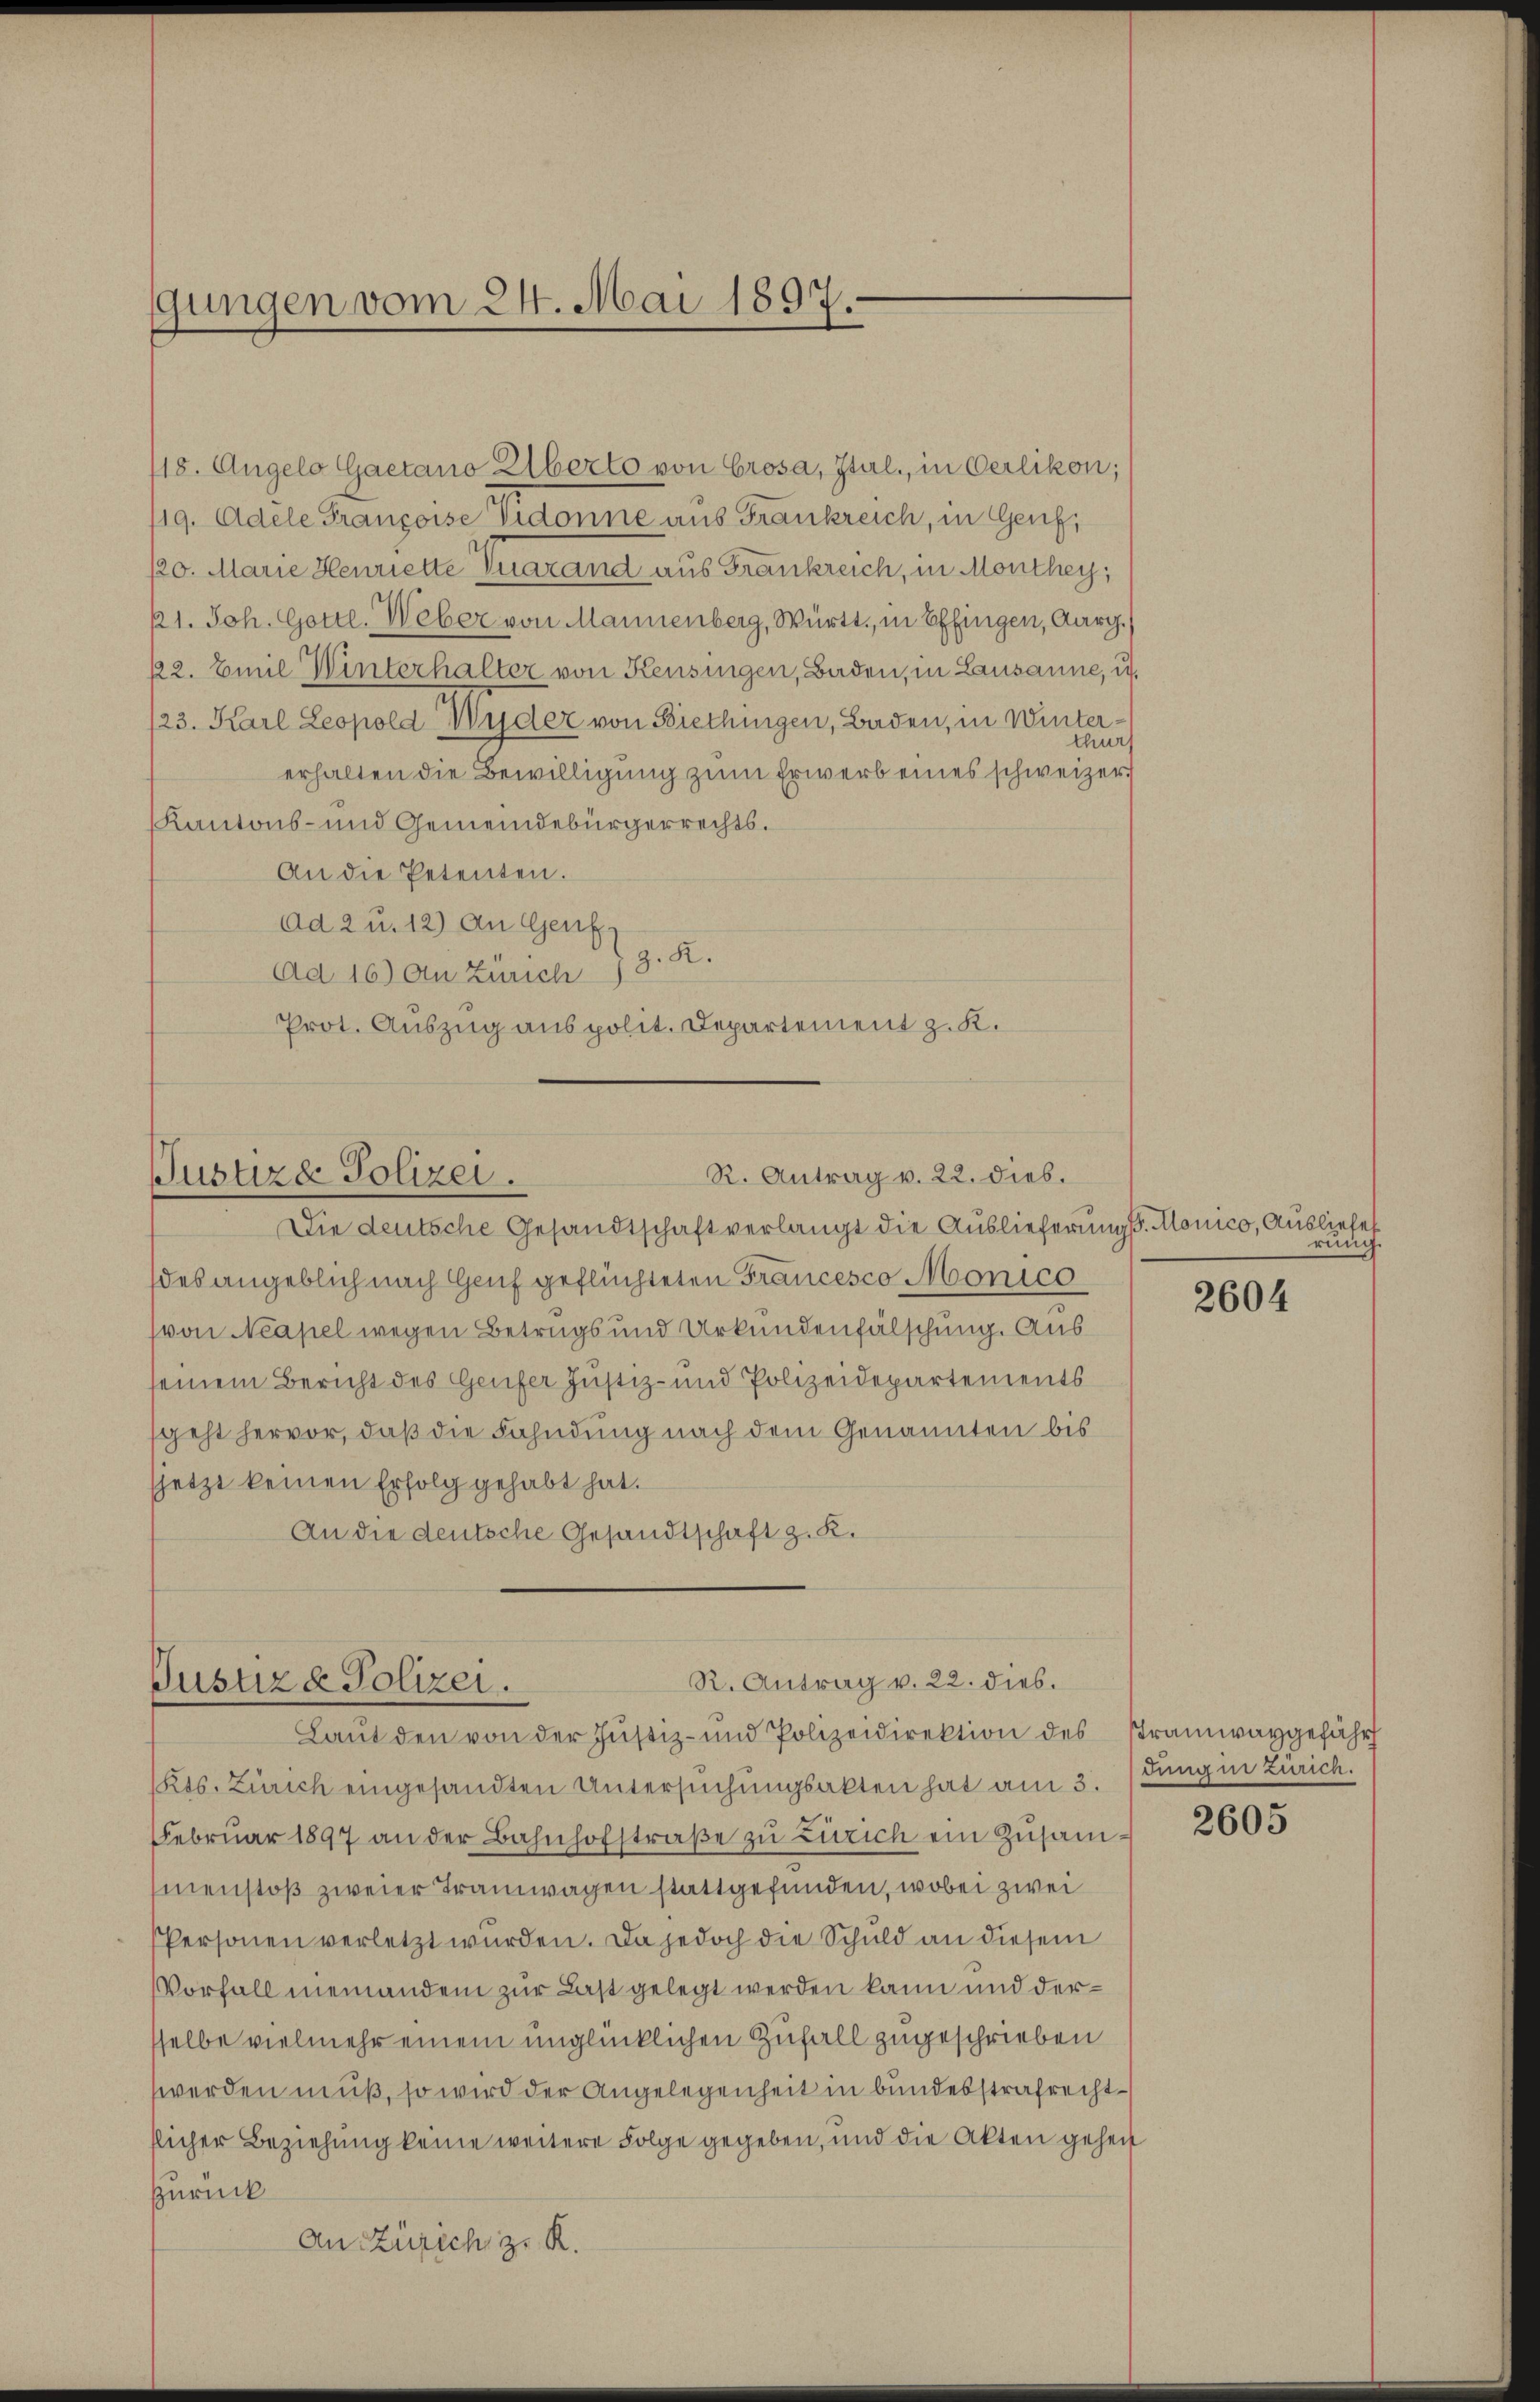
gungen vom 24. Mai 1897.

118. Augelo Gaetano Alberto von Crosa, Ital, in Oerlikon;
119. Adele Françoise Vedonne aus Frankreich, in Genf,
120. Marie Henriette Guarand aus Frankreich, in Monthey,
21. Joh. Gotte. Weber von Mannenberg, Württ. in Effingen, Aarg.)
12. Emil Winterhalter von Kensingen, Baden, in Lausanne, u.
/23. Karl Leopold Wyder von Biethingen, Baden, in Winterthur
erhalten die Bewilligung zum Erwerb eines schweizer
Kantons- und Gemeindebürgerrechts¬
An die Petenten.
Ad 2 u. 12) An Genf
z. R.
Ad 16) An Zürich
Prot. Auszug aus polit. Departement z. K.

R. Antrag v. 22. dies.
Justiz & Polizei.

Die deutsche Gesandtschaft verlangt die Auslieferung. Monico, Ausliefes
des angeblich nach Genf geflüchteten Francesco Monico
(von Neapel wegen Betrugs und Urkundenfälschung. Aus
seinem Bericht des Genfer Justiz- und Polizeidepartements
sgeht hervor, daß die Fahndung nach dem Genannten bis
sjetzt keinen Erfolg gehabt hat.
An die deutsche Gesandtschaft z. K.

R. Antrag v. 22. dies.
Justiz & Polizei.
Laŭt den von der Justiz- und Polizeidirektion des Stramwaygefähr

Kts. Zürich eingesandten Untersŭchŭngsakten hat am 3. Jung in Zürich.
Febrŭar 1897 an der Bahnhofstraβe zŭ Zürich ein Zusammenstoß zweier Tramwagen stattgefunden, wobei zwei
Personen verletzt wurden. Da jedoch die Schuld an diesem
Vorfall niemandem zur Last gelegt werden kann und dersselbe vielmehr einem unglücklichen Zufall zugeschrieben
werden muß, so wird der Angelegenheit in bundesstrafrechtflicher Beziehung keine weitere Folge gegeben, und die Akten geheit
zurück
An Zürich zu R.

rung.

2604

2605